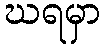
ဃရမှာ